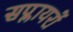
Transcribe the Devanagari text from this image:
सप्लायरों